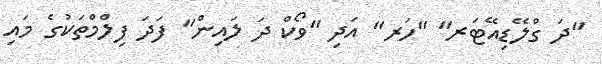
"ދަ ގްލޭޑިއޭޓަރ" "ހަރ" އަދި "ވޯކް ދަ ލައިން" ފަދަ ފިލްމްތަކުގެ މައި